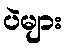
ပဲများ